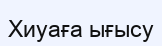
Хиуаға ығысу